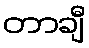
တာချီ